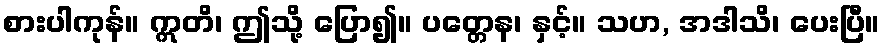
စားပါကုန်။ ဣတိ၊ ဤသို့ ပြော၍။ ပတ္တေန၊ နှင့်။ သဟ, အဒါသိ၊ ပေးပြီ။